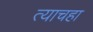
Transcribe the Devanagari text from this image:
त्याचहा